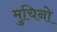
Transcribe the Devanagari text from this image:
मुचिनो